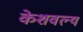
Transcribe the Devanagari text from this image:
केशवल्य